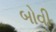
બોવી